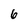
Character: 6